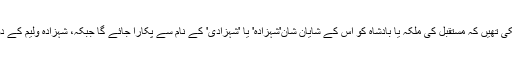
ملکہٴالزیبیتھ 31 دسمبرکو اس بات کا اعلان کر چکی تھیں کہ مستقبل کی ملکہ یا بادشاہ کو اس کے شایان شان'شہزادہ' یا 'شہزادی' کے نام سے پکارا جائے گا جبکہ، شہزادہ ولیم کے دوسرے بچے بھی اسی نام سے پکارے جائیں گے۔